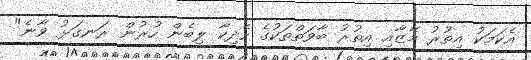
އެކަމަކު އިތުރު މޭޒާއި އިތުރު ބާވަތްތަކުގެ ހެދިކާ ލިބެން ހުރުން ރަނގަޅު ވާނެ"